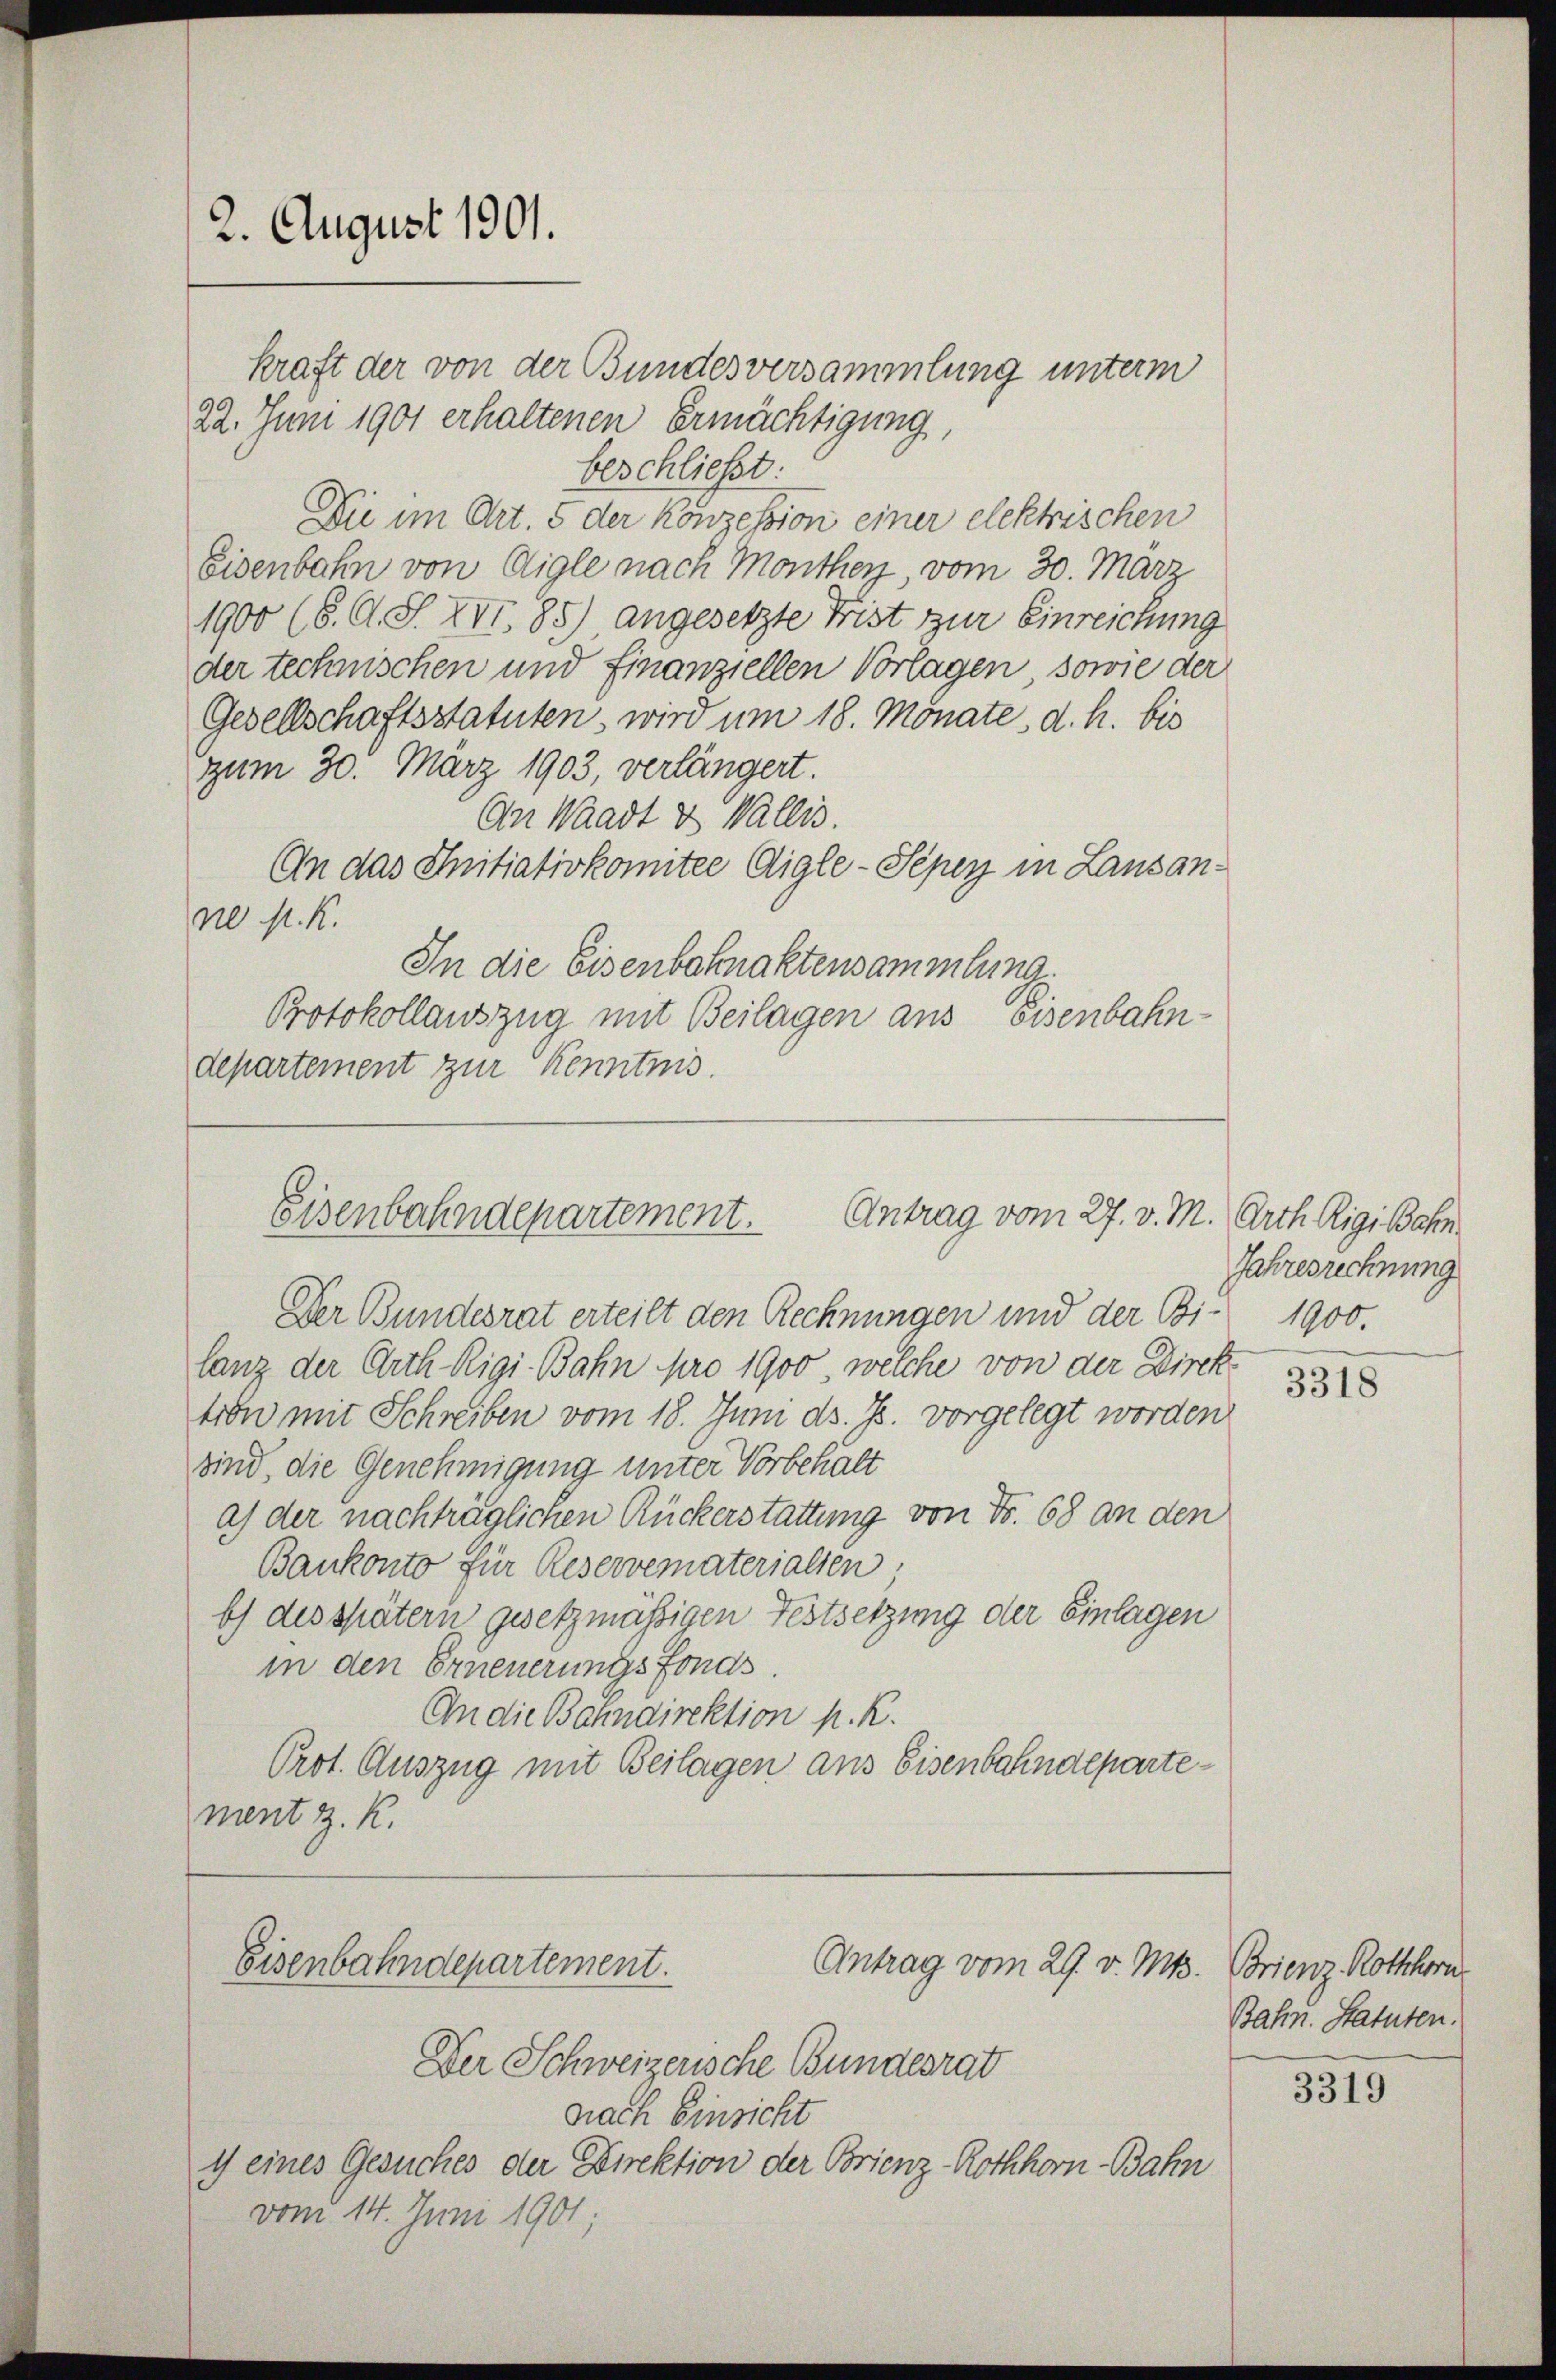
2. August 1901.

kraft der von der Bundesversammlung unterm
22. Juni 1901 erhaltenen Ermächtigung
beschließt:
Die im Art. 5 der Konzession einer elektrischen
Eisenbahn von Aigle nach Montherz vom 30. März
1900 (S. O. S. XVI. 85), angesetzte Frist zur Einreichung
der technischen und finanziellen Vorlagen sowie der
Gesellschaftsstatuten, wird um 18. Monate, d. h. bis
zum 30. März 1903, verlängert.
An Waadt & Wallis.
An das Initiativkomitee Aigle-Peper in Lausan¬
N st. K.
In die Eisenbahnaktensammlung
Protokollauszug mit Beilagen aus Eisenbahn-
departement zur Kenntnis.

Der Bundesrat erteilt den Rechnungen und der Bi-
lanz der Arth Rigi-Bahn pro 1900, welche von der Direktion mit Schreiben vom 18. Juni d. Js. vorgelegt worden
sind, die Genehmigung unter Vorbehalt
a) der nachträglichen Rückerstattung von Fr. 68 an den
Bankonto für Reservematerialien,
b) des spätern gesetzmäßigen Festsetzung der Einlagen
in den Erneuerungsfonds.
An die Bahndirektion h. R.
Prot. Auszug mit Beilagen aus Eisenbahndepartement z. K.

Eisenbahndepartement.
Antrag vom 27. v. M. Arth Rigibahn

Antrag vom 29. v. Mts. Brienz Rothhorn
Eisenbahndepartement.

Der Schweizerische Bundesrat
nach Einsicht
c eines Gesuches der Direktion der Brienz-Rothhorn-Bahn
vom 14. Juni 1901;

Jahresrechnung
1900.

3318

Bahn. Statuten.

3319